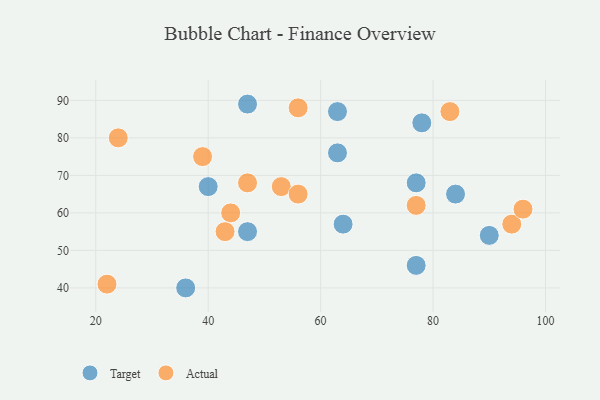
{"axis": {"x": "GDP", "y": "Life Expectancy"}, "legend": ["Actual", "Target"], "data": [{"x": "77", "y": 46, "type": "Target"}, {"x": "64", "y": 57, "type": "Target"}, {"x": "78", "y": 84, "type": "Target"}, {"x": "40", "y": 67, "type": "Target"}, {"x": "47", "y": 55, "type": "Target"}, {"x": "47", "y": 89, "type": "Target"}, {"x": "90", "y": 54, "type": "Target"}, {"x": "63", "y": 76, "type": "Target"}, {"x": "77", "y": 68, "type": "Target"}, {"x": "84", "y": 65, "type": "Target"}, {"x": "63", "y": 87, "type": "Target"}, {"x": "36", "y": 40, "type": "Target"}, {"x": "39", "y": 75, "type": "Actual"}, {"x": "83", "y": 87, "type": "Actual"}, {"x": "94", "y": 57, "type": "Actual"}, {"x": "24", "y": 80, "type": "Actual"}, {"x": "47", "y": 68, "type": "Actual"}, {"x": "77", "y": 62, "type": "Actual"}, {"x": "44", "y": 60, "type": "Actual"}, {"x": "56", "y": 88, "type": "Actual"}, {"x": "22", "y": 41, "type": "Actual"}, {"x": "53", "y": 67, "type": "Actual"}, {"x": "43", "y": 55, "type": "Actual"}, {"x": "96", "y": 61, "type": "Actual"}, {"x": "56", "y": 65, "type": "Actual"}]}